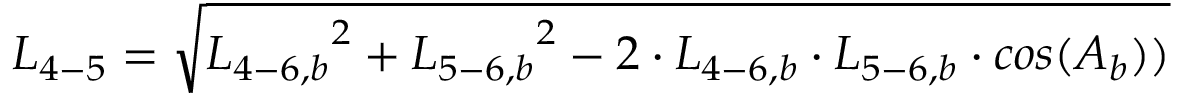
{ L _ { 4 - 5 } } = \sqrt { { L _ { 4 - 6 , b } } ^ { 2 } + { L _ { 5 - 6 , b } } ^ { 2 } - 2 \cdot { L _ { 4 - 6 , b } } \cdot { L _ { 5 - 6 , b } } \cdot c o s ( { A _ { b } } ) ) }